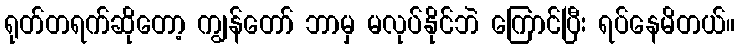
ရုတ်တရက်ဆိုတော့ ကျွန်တော် ဘာမှ မလုပ်နိုင်ဘဲ ကြောင်ပြီး ရပ်နေမိတယ်။